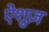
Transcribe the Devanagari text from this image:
ऐंशुज़